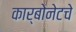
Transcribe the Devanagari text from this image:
कार्बोनेटचे